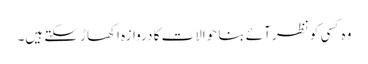
وہ کسی کو نظر آئے بنا حوالات کا دروازہ اکھاڑ سکتے ہیں۔